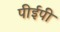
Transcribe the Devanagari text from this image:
पीईपी